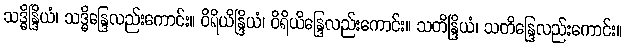
သဒ္ဓိန္ဒြိယံ၊ သဒ္ဓိန္ဒြေလည်းကောင်း။ ဝိရိယိန္ဒြိယံ၊ ဝိရိယိန္ဒြေလည်းကောင်း။ သတိန္ဒြိယံ၊ သတိန္ဒြေလည်းကောင်း။